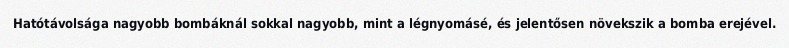
Hatótávolsága nagyobb bombáknál sokkal nagyobb, mint a légnyomásé, és jelentősen növekszik a bomba erejével.